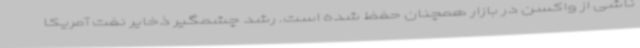
ناشی از واکسن در بازار همچنان حفظ شده است. رشد چشمگیر ذخایر نفت آمریکا